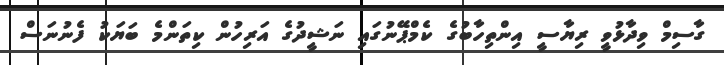
ގާސިމް ވިދާޅުވީ ރިޔާސީ އިންތިހާބުގެ ކެމްޕޭނުގައި ނަޝީދުގެ އަރިހުން ކިތަންމެ ބަޔަކު ފެނުނަސް